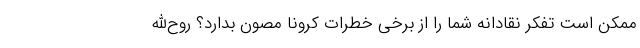
ممکن است تفکر نقادانه شما را از برخی خطرات کرونا مصون بدارد؟ روح‌الله